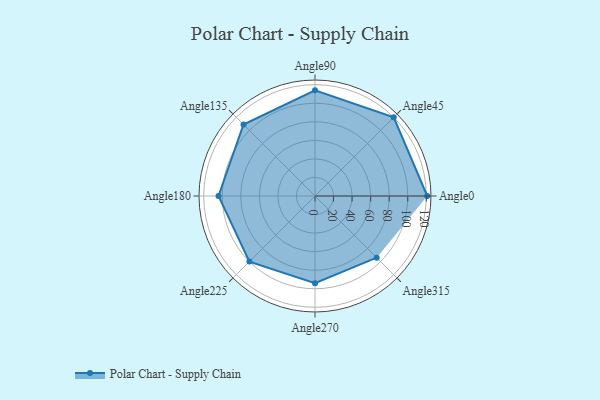
{"axis": {"x": "Angle", "y": "Radius"}, "legend": [""], "data": [{"x": "Angle0", "y": 121.0, "type": ""}, {"x": "Angle45", "y": 120.0, "type": ""}, {"x": "Angle90", "y": 114.0, "type": ""}, {"x": "Angle135", "y": 109.0, "type": ""}, {"x": "Angle180", "y": 104.0, "type": ""}, {"x": "Angle225", "y": 100.0, "type": ""}, {"x": "Angle270", "y": 94.0, "type": ""}, {"x": "Angle315", "y": 94.0, "type": ""}]}